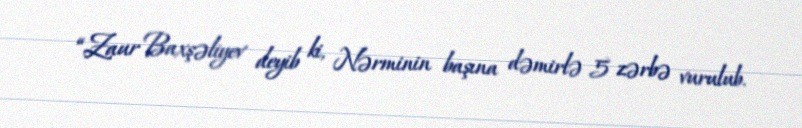
“Zaur Baxşəliyev deyib ki, Nərminin başına dəmirlə 5 zərbə vurulub.